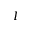
I